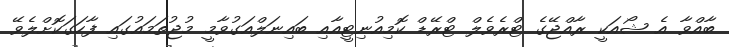
ބާއްވާ އެ ޝޯއަކީ ރާއްޖޭގެ ޓްރެވެލް ޓްރޭޑް ކޮމިއުނިޓީއާއި ބައިނަލްއަގުވާމީ މުޖުތަމައުގައި ފާހަގަކޮށްލެވޭ